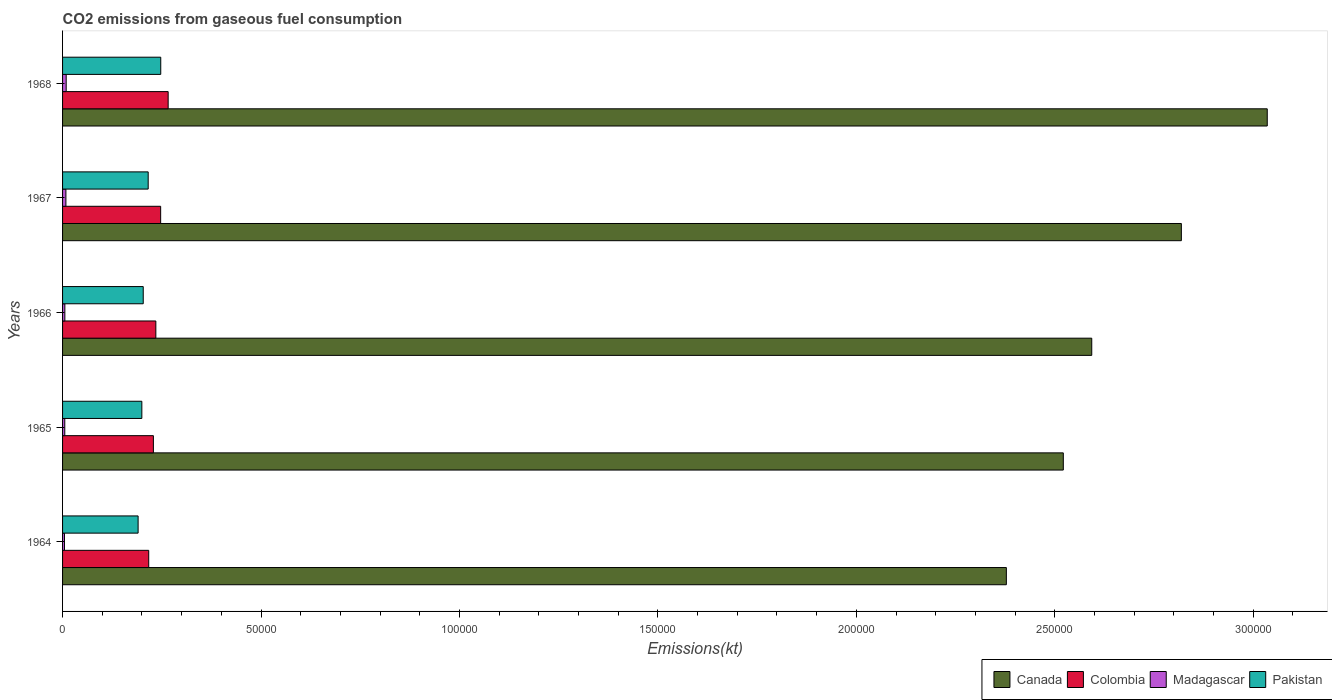
| Years | Canada | Colombia | Madagascar | Pakistan |
 | --- | --- | --- | --- | --- |
 | 1964 | 2.38e+05 | 2.17e+04 | 484 | 1.9e+04 |
 | 1965 | 2.52e+05 | 2.29e+04 | 557 | 2e+04 |
 | 1966 | 2.59e+05 | 2.35e+04 | 579 | 2.03e+04 |
 | 1967 | 2.82e+05 | 2.47e+04 | 843 | 2.16e+04 |
 | 1968 | 3.04e+05 | 2.66e+04 | 913 | 2.47e+04 |